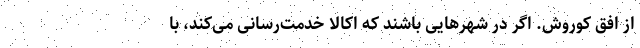
از افق کوروش. اگر در شهرهایی باشند که اکالا خدمت­رسانی می­کند، با